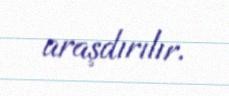
araşdırılır.